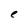
Character: e